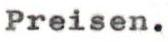
Preisen.